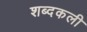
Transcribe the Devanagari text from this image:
शब्दकली